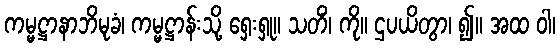
ကမ္မဋ္ဌာနာဘိမုခံ၊ ကမ္မဋ္ဌာန်းသို့ ရှေးရှု။ သတိံ၊ ကို။ ဌပယိတွာ၊ ၍။ အထ ဝါ၊